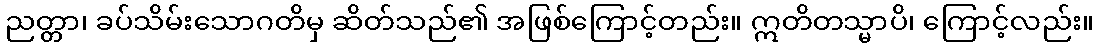
ညတ္တာ၊ ခပ်သိမ်းသောဂတိမှ ဆိတ်သည်၏ အဖြစ်ကြောင့်တည်း။ ဣတိတသ္မာပိ၊ ကြောင့်လည်း။